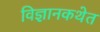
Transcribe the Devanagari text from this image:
विज्ञानकथेत